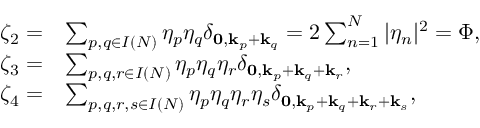
\begin{array} { r l } { \zeta _ { 2 } = } & { \sum _ { p , q \in I ( N ) } \eta _ { p } \eta _ { q } \delta _ { \mathbf { 0 } , \mathbf { k } _ { p } + \mathbf { k } _ { q } } = 2 \sum _ { n = 1 } ^ { N } | \eta _ { n } | ^ { 2 } = \Phi , } \\ { \zeta _ { 3 } = } & { \sum _ { p , q , r \in { I } ( N ) } \eta _ { p } \eta _ { q } \eta _ { r } \delta _ { \mathbf { 0 } , \mathbf { k } _ { p } + \mathbf { k } _ { q } + { \mathbf { k } _ { r } } } , } \\ { \zeta _ { 4 } = } & { \sum _ { p , q , r , s \in { I } ( N ) } \eta _ { p } \eta _ { q } \eta _ { r } \eta _ { s } \delta _ { \mathbf { 0 } , \mathbf { k } _ { p } + \mathbf { k } _ { q } + { \mathbf { k } _ { r } } + \mathbf { k } _ { s } } , } \end{array}